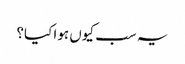
یہ سب کیوں ہوا کیا؟